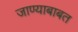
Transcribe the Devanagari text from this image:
जाण्याबाबत